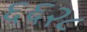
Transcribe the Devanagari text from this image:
६६२८